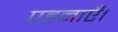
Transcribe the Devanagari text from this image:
पहनाएँ।